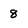
Character: 8